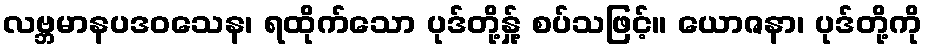
လဗ္ဘမာနပဒဝသေန၊ ရထိုက်သော ပုဒ်တို့နှု့် စပ်သဖြင့်။ ယောဇနာ၊ ပုဒ်တို့ကို